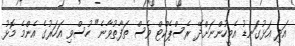
އަދި އަޅުގަނޑު އެމީހުންނަށްދޭ ރެސްޕެކްޓް ވެސް ތަފާތުވާނެ" ހުސްވި އަހަރުގެ އެންމެ މޮޅު